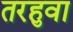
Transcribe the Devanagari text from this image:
तरहुवा